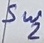
Text: Sw2